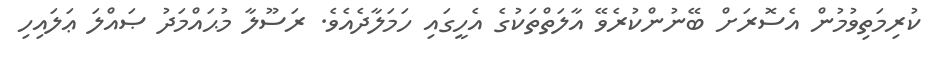
ކުރިމަތިވުމުން އެސޮރަށް ބޭނުންކުރެވޭ އާލަތްތަކުގެ އެހީގައި ހަމަލާދެއެވެ. ރަސޫލާ މުޙައްމަދު ޞައްލަ ޢަލައިހި